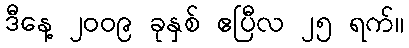
ဒီနေ့ ၂၀၀၉ ခုနှစ် ဧပြီလ ၂၅ ရက်။